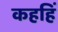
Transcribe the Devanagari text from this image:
कहहिं